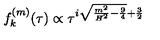
f _ { k } ^ { ( m ) } ( \tau ) \propto \tau ^ { i \sqrt { \frac { m ^ { 2 } } { H ^ { 2 } } - \frac { 9 } { 4 } } + \frac { 3 } { 2 } }